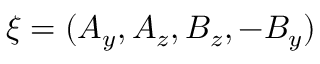
\boldsymbol { \xi } = ( A _ { y } , A _ { z } , B _ { z } , - B _ { y } )